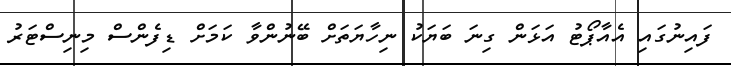
ފައިނުގައި އެއާޕޯޓު އަޅަން ގިނަ ބަޔަކު ނިހާޔަތަށް ބޭނުންވާ ކަމަށް ޑިފެންސް މިނިސްޓަރު